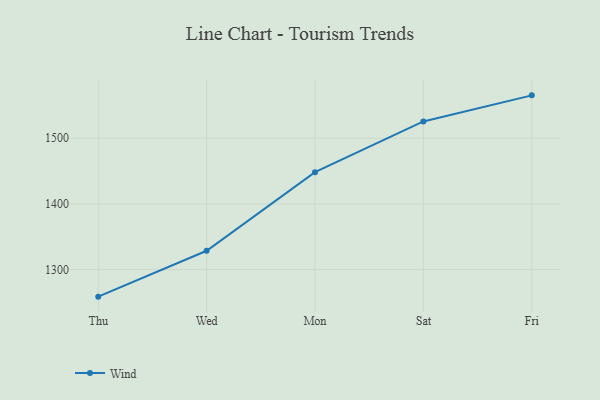
{"axis": {"x": "Day", "y": "Backlog"}, "legend": ["Wind"], "data": [{"x": "Thu", "y": 1259.0, "type": "Wind"}, {"x": "Wed", "y": 1328.8, "type": "Wind"}, {"x": "Mon", "y": 1448.4, "type": "Wind"}, {"x": "Sat", "y": 1525.5, "type": "Wind"}, {"x": "Fri", "y": 1565.2, "type": "Wind"}]}